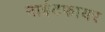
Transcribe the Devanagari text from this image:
नाईटफायर